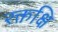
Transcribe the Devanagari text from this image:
रक्तक्षि